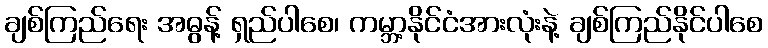
ချစ်ကြည်ရေး အဓွန့် ရှည်ပါစေ၊ ကမ္ဘာ့နိုင်ငံအားလုံးနဲ့ ချစ်ကြည်နိုင်ပါစေ